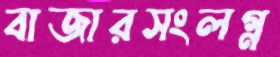
বাজারসংলগ্ন